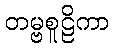
တမ္ဗစူဠိကာ